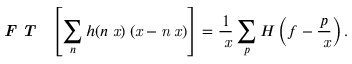
\textbf { \textit { F T } } \left[ \sum _ { n } h ( n \it { \Delta } x ) \delta ( x - n \it { \Delta } x ) \right] = \frac { 1 } { \it { \Delta } x } \sum _ { p } H \left( f - \frac { p } { \it { \Delta } x } \right) .